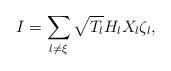
LaTeX: \begin{align*}I=\sum\limits_{l\neq \xi}\sqrt{T_l}H_lX_l\zeta_l,\end{align*}